Juuru_vallavalitsus, lk 58
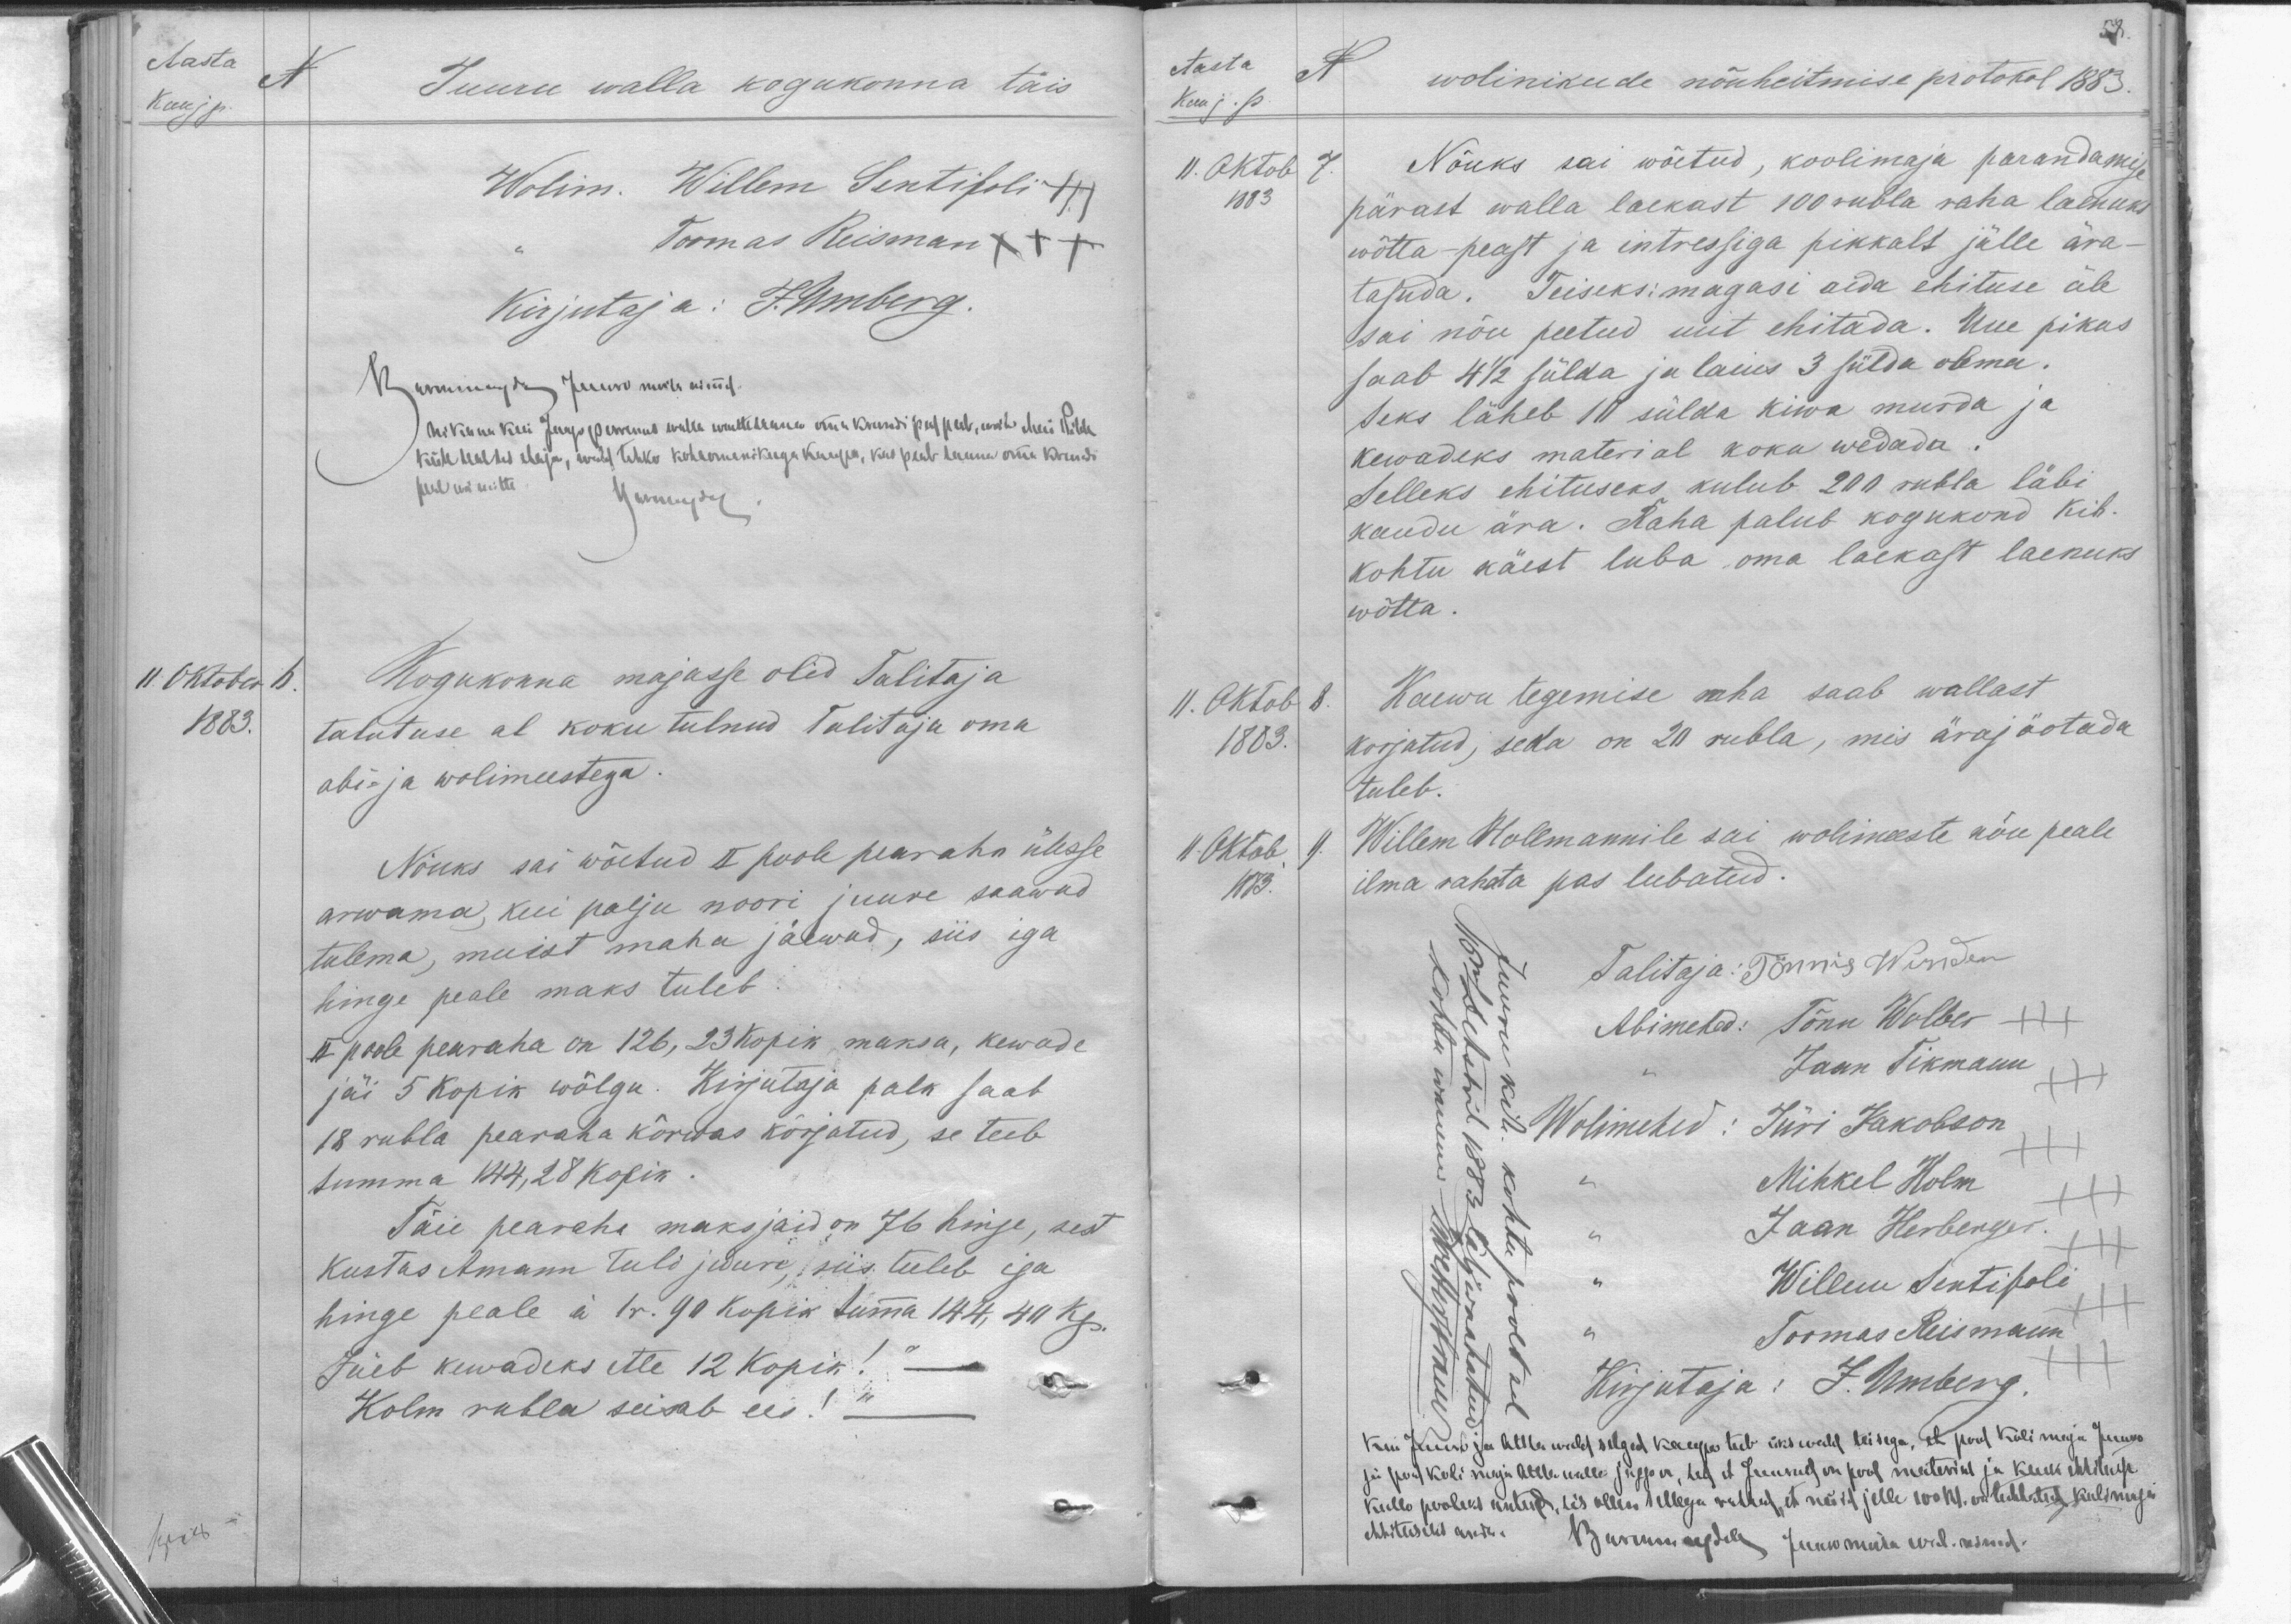
Aasta
A
Kuu j p
Juuru walla kogukonna täis
Wolim. Willem Sentisoli +++
Toomas Reisman XXX
Kirjutaja: J. Umberg.
Kurnningda Juuru mõisa nüüd.
nikinni kui Juuru ipernud walla wallahanu oma krundi peaf peab, mille Meie Pilda
käike tealtes elaja, wald tehko kohaomanikuga kaupa, kus peab temma oma krundi
pulud mitte
Wannemur
11. Oktober 6.
1883.
Kogukonna majasse olid Talitaja
talutuse al koku tulnud Talitaja oma
abi- ja wolimeestega.
Nõuks sai wõetud II poole pearaha ülesse
arwama, kui palju noori juure saawad
tulema, muist maha jäewad, siis iga
hinge peale maks tuleb.
II poole pearaha on 126, 23 kopik maksa, kewade
jäi 5 kopik wõlgu. Kirjutaja palk saab
18 rubla pearaha kõrwas kirjatud, se teeb
summa 14 4,28 kopik.
Täie pearaha maksjaid on 76 hinge, sest
Kustas Amann tuli juure, siis tuleb iga
hinge peale á 1r. 90 kopik tuma 144, 40 kp.
Jäeb kewadeks ette 12 Kopik!
Kolm rubla seisab ees!

58.
Aasta
N
Kuu j. p.
wolinikude nõuheitmise protokol 1883.
11. Oktob 7.
1883
Nõuks sai wõetud, koolimaja parandamise
pärast walla laekast 100 rubla raha laenuks
wõtta-peast ja intressiga pikkalt jälle ära-
tasuda. Teiseks: magasi aida ehituse üle
sai nõu peetud uut ehitada. Uue pikus
saab 4 1/2 sülda ja laius 3 sülda olema.
Seks läheb 10 sülda kiwa murda ja
kewadeks material koku wedada.
Selleks ehituseks kulub 200 rubla läbi
kaudu ära. Raha palub kogukond kih.
kohtu käest luba oma laekast laenuks
wõtta.
11. Oktob 8.
1883.
Kaewu tegemise raha saab wallast
korjatud, seda on 20 rubla, mis ärajäotada
tuleb.
11. Oktob. 4
1883
Willem Holmannile sai wolimeeste nõu peale
ilma rahata pas lubatud.
Talitaja: Tönnis Wunder
Abimehed: Tõnu Wolber
Jaan Tikmann
Wolimehed: Jüri Jakobson.
Mihkel Holm
Jaan Herberger
Willem Sestisole
Toomas Reismann
Kirjutaja: J. Umberg.
Kuni Juuro ja Attla wald selged kaupa teeb üks wald teisega, et pool koli maja Juuro
siis pool koli maja Attla walla jaggo on, kus et Juurod on pool material ja kuuli ehhituse
kullo pooleks antud, sis ollen sellega rahul, et nüid jelle 100 kp. on tehhetud kulimaja
ehituseks anda. Burchungile Jaakumata aril. nüüd.